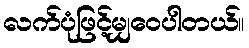
လက်ပုံဖြင့်မျှဝေပါတယ်။